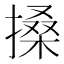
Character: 搡